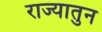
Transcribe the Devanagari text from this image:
राज्यातुन